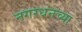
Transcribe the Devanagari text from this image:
नगरधनच्या